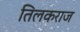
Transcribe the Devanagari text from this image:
तिलकराज